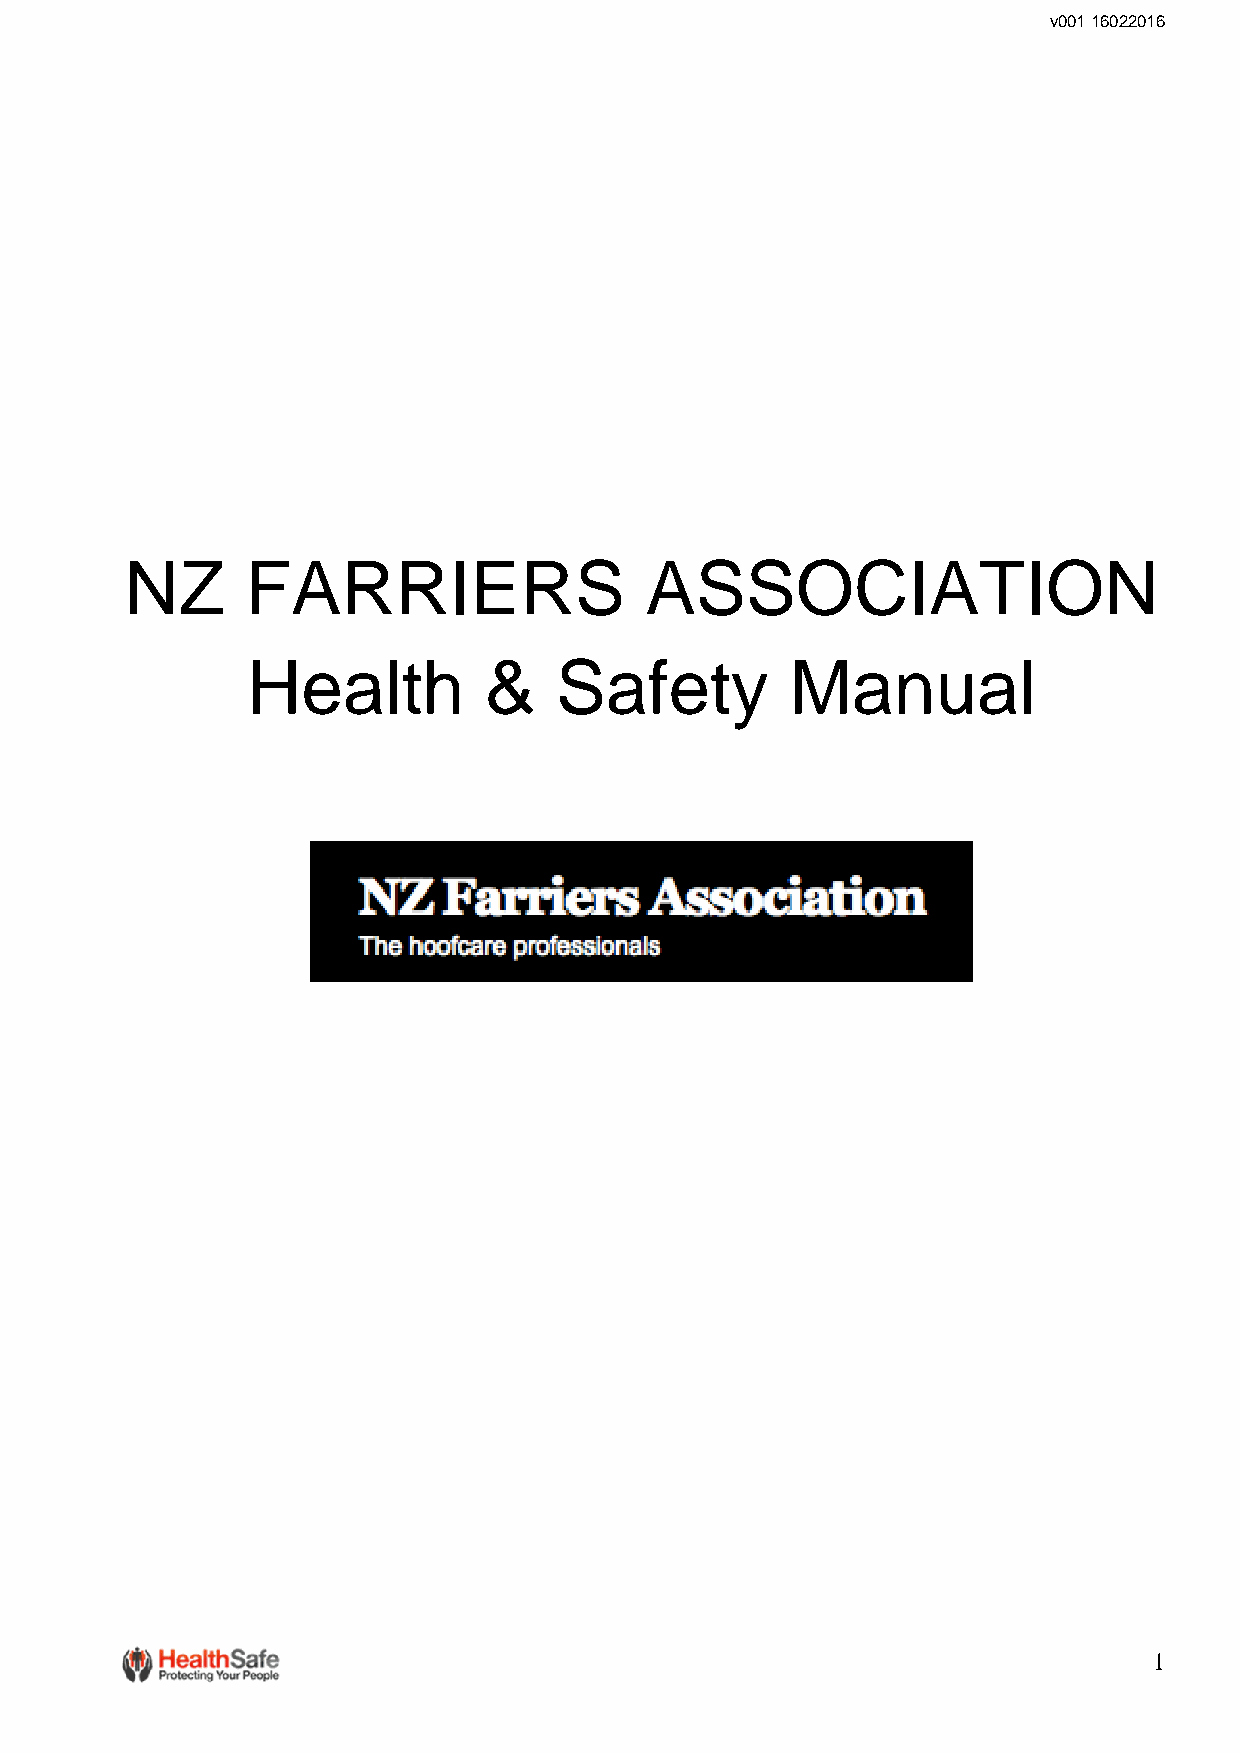
v001 16022016
 NZ      FARRIERS                   ASSOCIATION
 Health          &    Safety         Manual
 1